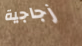
زجاجية